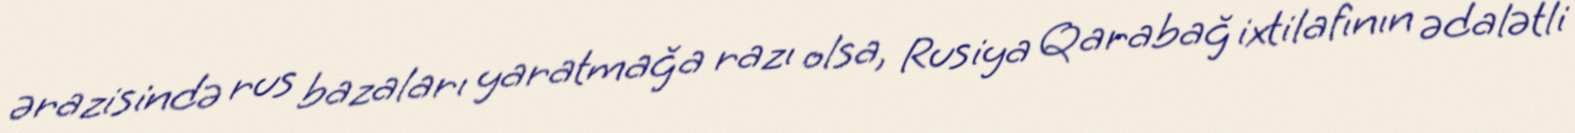
ərazisində rus bazaları yaratmağa razı olsa, Rusiya Qarabağ ixtilafının ədalətli